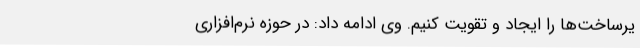
یرساخت‌ها را ایجاد و تقویت کنیم. وی ادامه داد: در حوزه نرم‌افزاری